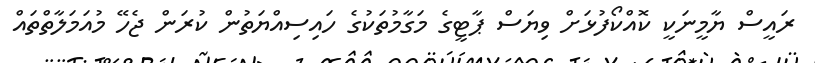
ރައީސް ޔާމީނަކީ ކޮއްކޯފުޅަށް ވިޔަސް ޕާޓީގެ މަގާމުތަކުގެ ހައިސިއްޔަތުން ކުރަން ޖެހޭ މުއަމަލާތްތައް